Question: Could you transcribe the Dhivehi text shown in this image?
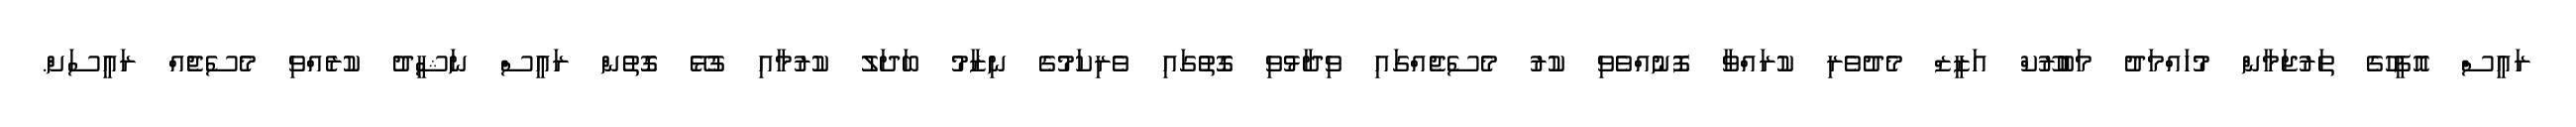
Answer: ރައީސް އޮފީހުގެ ތަރުޖަމާން މުހައްމަދު މަބުރޫކް އަޒީޒް މެދުވެރި ކުރައްވާ ފޮނުއްވެވި ކުރު މެސެޖެއްގައި ވިދާޅުވި ގޮތުގައި ވެރިކަމުގެ ނިޒާމު ބަދަލު ކުރުމާއި ގުޅޭ ގޮތުން ރައީސް ނަޝީދު ކުރެއްވި މެސެޖެއް ރައީސަށް.